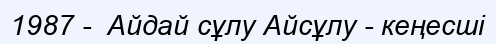
1987 -  Айдай сұлу Айсұлу - кеңесші